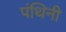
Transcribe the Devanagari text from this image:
पंथिनी